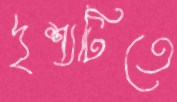
দৃশ্যটিতে